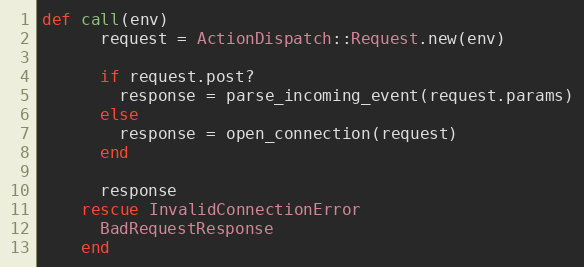
Language: Ruby
def call(env)
      request = ActionDispatch::Request.new(env)

      if request.post?
        response = parse_incoming_event(request.params)
      else
        response = open_connection(request)
      end

      response
    rescue InvalidConnectionError
      BadRequestResponse
    end